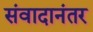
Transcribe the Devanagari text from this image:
संवादानंतर